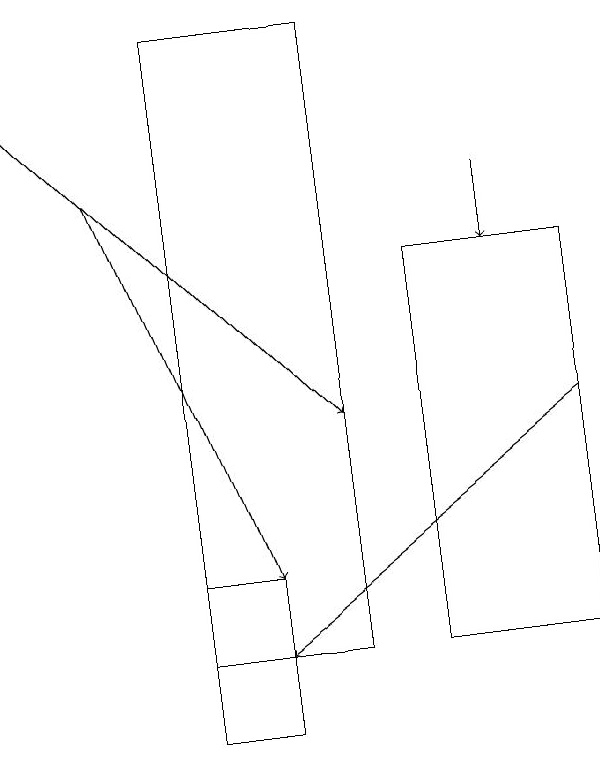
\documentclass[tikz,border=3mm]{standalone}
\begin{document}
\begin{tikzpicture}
\draw[->] (1,18) -- (5,14);
\draw (3,12) rectangle (4,10);
\draw (6,16) rectangle (8,11);
\draw[->] (2,17) -- (4,12);
\draw[->] (8,14) -- (4,11);
\draw[->] (7,17) -- (7,16);
\draw (5,19) rectangle (3,11);
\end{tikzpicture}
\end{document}